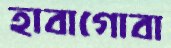
হাবাগোবা